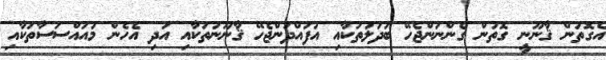
އެގޮތުން ޤާނޫނީ ގޮތުން ގެންނަންޖެހޭ ބަދަލުތަކާއި އުފައްދަންޖެހޭ ޤާނޫނުތަކާއި އަދި އެހެން މުއައްސަސާތަކާއި